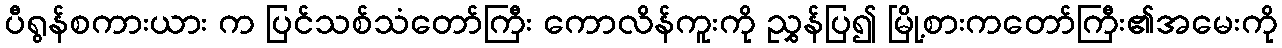
ပီရွန်စကားယား က ပြင်သစ်သံတော်ကြီး ကောလိန်ကူးကို ညွှန်ပြ၍ မြို့စားကတော်ကြီး၏အမေးကို